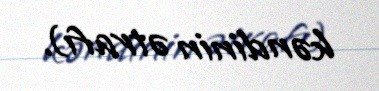
kəndinin ətrafı).